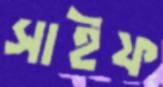
সাইফ